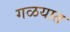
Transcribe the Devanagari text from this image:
गळयात